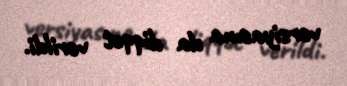
versiyasına da diqqət verildi.